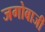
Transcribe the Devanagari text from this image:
जगोबाजी